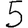
Digit: 5